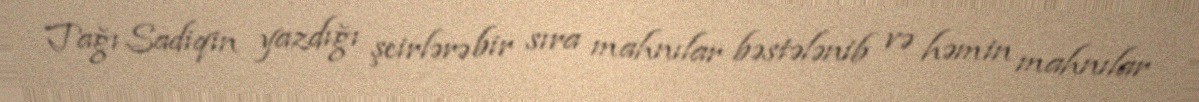
Tağı Sadiqin yazdığı şeirlərə bir sıra mahnılar bəstələnib və həmin mahnılar